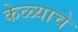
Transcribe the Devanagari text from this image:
केळ्याचे